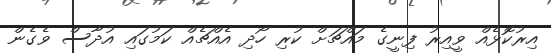
އިރުކޮޅެއް ވީއިރު ފިނީގެ މައްޗަށް ކުރި ހޯދި އެއްޗެއް ކަމުގައި އުދާސް ވެގެން